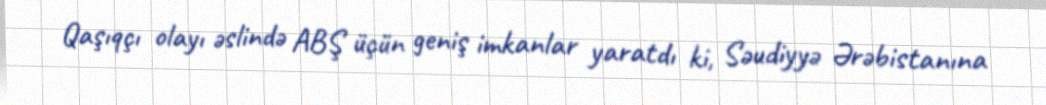
Qaşıqçı olayı əslində ABŞ üçün geniş imkanlar yaratdı ki, Səudiyyə Ərəbistanına